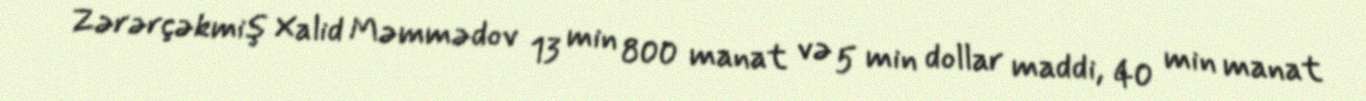
Zərərçəkmiş Xalid Məmmədov 13 min 800 manat və 5 min dollar maddi, 40 min manat